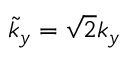
\tilde { k } _ { y } = \sqrt { 2 } k _ { y }